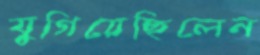
যুগিয়েছিলেন